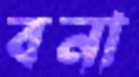
বনা